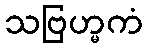
သဗြဟ္မကံ